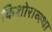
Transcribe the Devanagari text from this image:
किशोराव्स्था